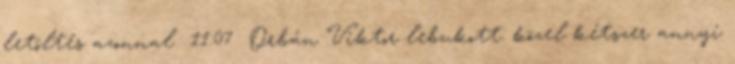
letöltés azonnal 11:07 Orbán Viktor lebukott: közel kétszer annyi